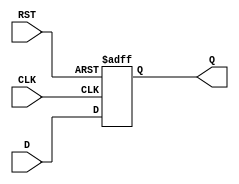
module DataRegister (
    input wire [N-1:0] D,    // Data Input
    input wire CLK,           // Clock
    input wire RST,           // Reset
    output reg [N-1:0] Q      // Data Output
);
    parameter N = 8;          // Define the width of the register (8 bits by default)

    // Asynchronous reset and synchronous data capture
    always @(posedge CLK or posedge RST) begin
        if (RST) begin
            Q <= {N{1'b0}};    // Reset the output to 0
        end else begin
            Q <= D;            // Capture the input data on the rising edge of the clock
        end
    end

endmodule